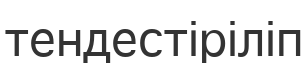
тендестіріліп